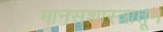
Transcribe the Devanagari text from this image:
मानसशास्त्रातून